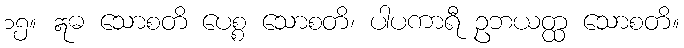
၁၅။ ဣဓ သောစတိ ပေစ္စ သောစတိ၊ ပါပကာရီ ဥဘယတ္ထ သောစတိ။